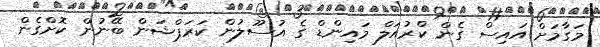
މަގާމަށް އައިސް ގެން ކްރުއަލް މައިންޑް ގެ އުސޫލުން ކަރަޕްޝަން ބޭނުން ކޮށްގެން